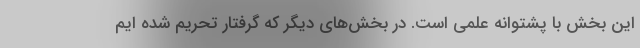
این بخش با پشتوانه علمی است. در بخش‌های دیگر که گرفتار تحریم شده ایم